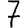
Digit: 7